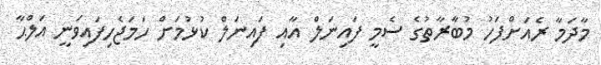
މާދަމާ ރެއަށްފަހު މުބާރާތުގެ ސެމީ ފައިނަލް އާއި ފައިނަލް ކުޅުމަށް ހަމަޖެހިފައިވަނީ އަލްޙާ